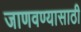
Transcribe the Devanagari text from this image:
जाणवण्यासाठी